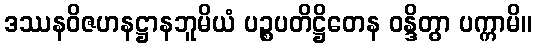
ဒဿနဝိဇဟနဋ္ဌာနဘူမိယံ ပဉ္စပတိဋ္ဌိတေန ဝန္ဒိတွာ ပက္ကာမိ။